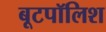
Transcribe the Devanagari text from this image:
बूटपॉलिश